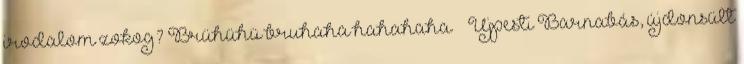
irodalom zokog? Brühühü bruhaha hahahaha ” Újpesti Barnabás, újdonsült